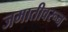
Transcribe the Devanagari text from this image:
जमातीवरून